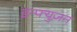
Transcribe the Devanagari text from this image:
इन्फ्युज़न